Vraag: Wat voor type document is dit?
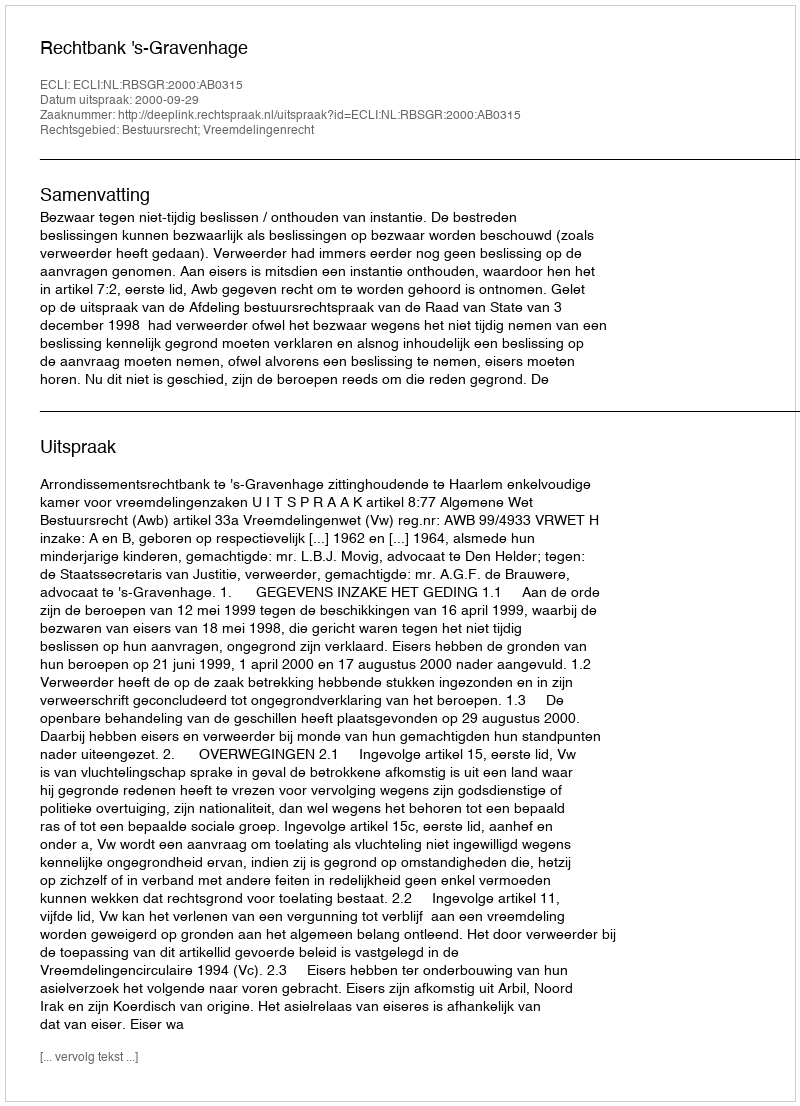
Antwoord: Uitspraak